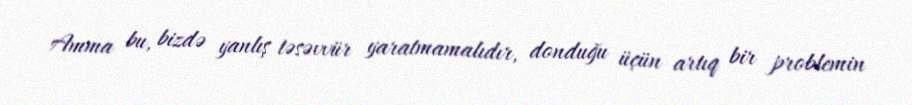
Amma bu, bizdə yanlış təsəvvür yaratmamalıdır, donduğu üçün artıq bir problemin